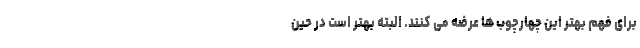
برای فهم بهتر این چهارچوب ها عرضه می کنند. البته بهتر است در حین